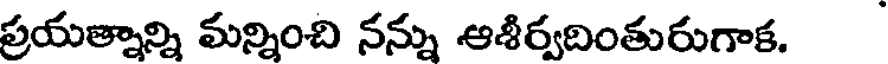
ప్రయత్నాన్ని మన్నించి నన్ను ఆశీర్వదింతురుగాక.